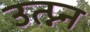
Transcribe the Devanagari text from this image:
उत्प्न्न